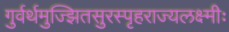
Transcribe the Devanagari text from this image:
गुर्वर्थमुज्झितसुरस्पृहराज्यलक्ष्मीः